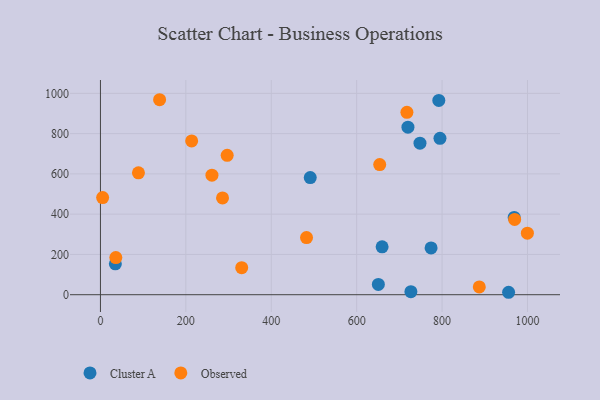
{"axis": {"x": "Investment", "y": "Fuel Efficiency"}, "legend": ["Cluster A", "Observed"], "data": [{"x": "720.1", "y": 831.9, "type": "Cluster A"}, {"x": "955.8", "y": 12.1, "type": "Cluster A"}, {"x": "650.8", "y": 51.1, "type": "Cluster A"}, {"x": "774.3", "y": 232.5, "type": "Cluster A"}, {"x": "34.9", "y": 153.6, "type": "Cluster A"}, {"x": "968.9", "y": 383.9, "type": "Cluster A"}, {"x": "792.4", "y": 965.1, "type": "Cluster A"}, {"x": "795.1", "y": 776.9, "type": "Cluster A"}, {"x": "748.3", "y": 752.8, "type": "Cluster A"}, {"x": "659.6", "y": 237.7, "type": "Cluster A"}, {"x": "491.3", "y": 581.7, "type": "Cluster A"}, {"x": "727.0", "y": 14.9, "type": "Cluster A"}, {"x": "5.1", "y": 482.4, "type": "Observed"}, {"x": "89.0", "y": 605.3, "type": "Observed"}, {"x": "261.1", "y": 593.9, "type": "Observed"}, {"x": "717.7", "y": 906.0, "type": "Observed"}, {"x": "36.0", "y": 184.2, "type": "Observed"}, {"x": "138.5", "y": 968.4, "type": "Observed"}, {"x": "296.8", "y": 692.4, "type": "Observed"}, {"x": "213.6", "y": 763.7, "type": "Observed"}, {"x": "654.0", "y": 646.3, "type": "Observed"}, {"x": "999.8", "y": 305.4, "type": "Observed"}, {"x": "482.6", "y": 283.7, "type": "Observed"}, {"x": "285.9", "y": 480.7, "type": "Observed"}, {"x": "970.0", "y": 373.9, "type": "Observed"}, {"x": "887.2", "y": 38.9, "type": "Observed"}, {"x": "330.8", "y": 134.5, "type": "Observed"}]}